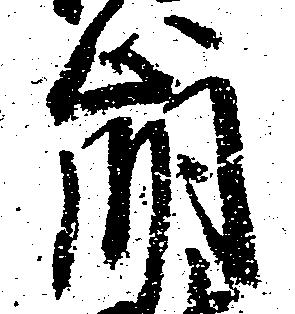
崩